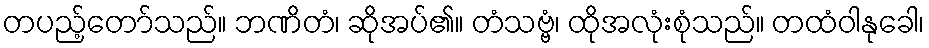
တပည့်တော်သည်။ ဘဏိတံ၊ ဆိုအပ်၏။ တံသဗ္ဗံ၊ ထိုအလုံးစုံသည်။ တထံဝါနုခေါ၊